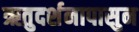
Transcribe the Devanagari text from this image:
ऋतुदर्शनापासुन